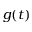
g ( t )